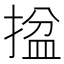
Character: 𢱔